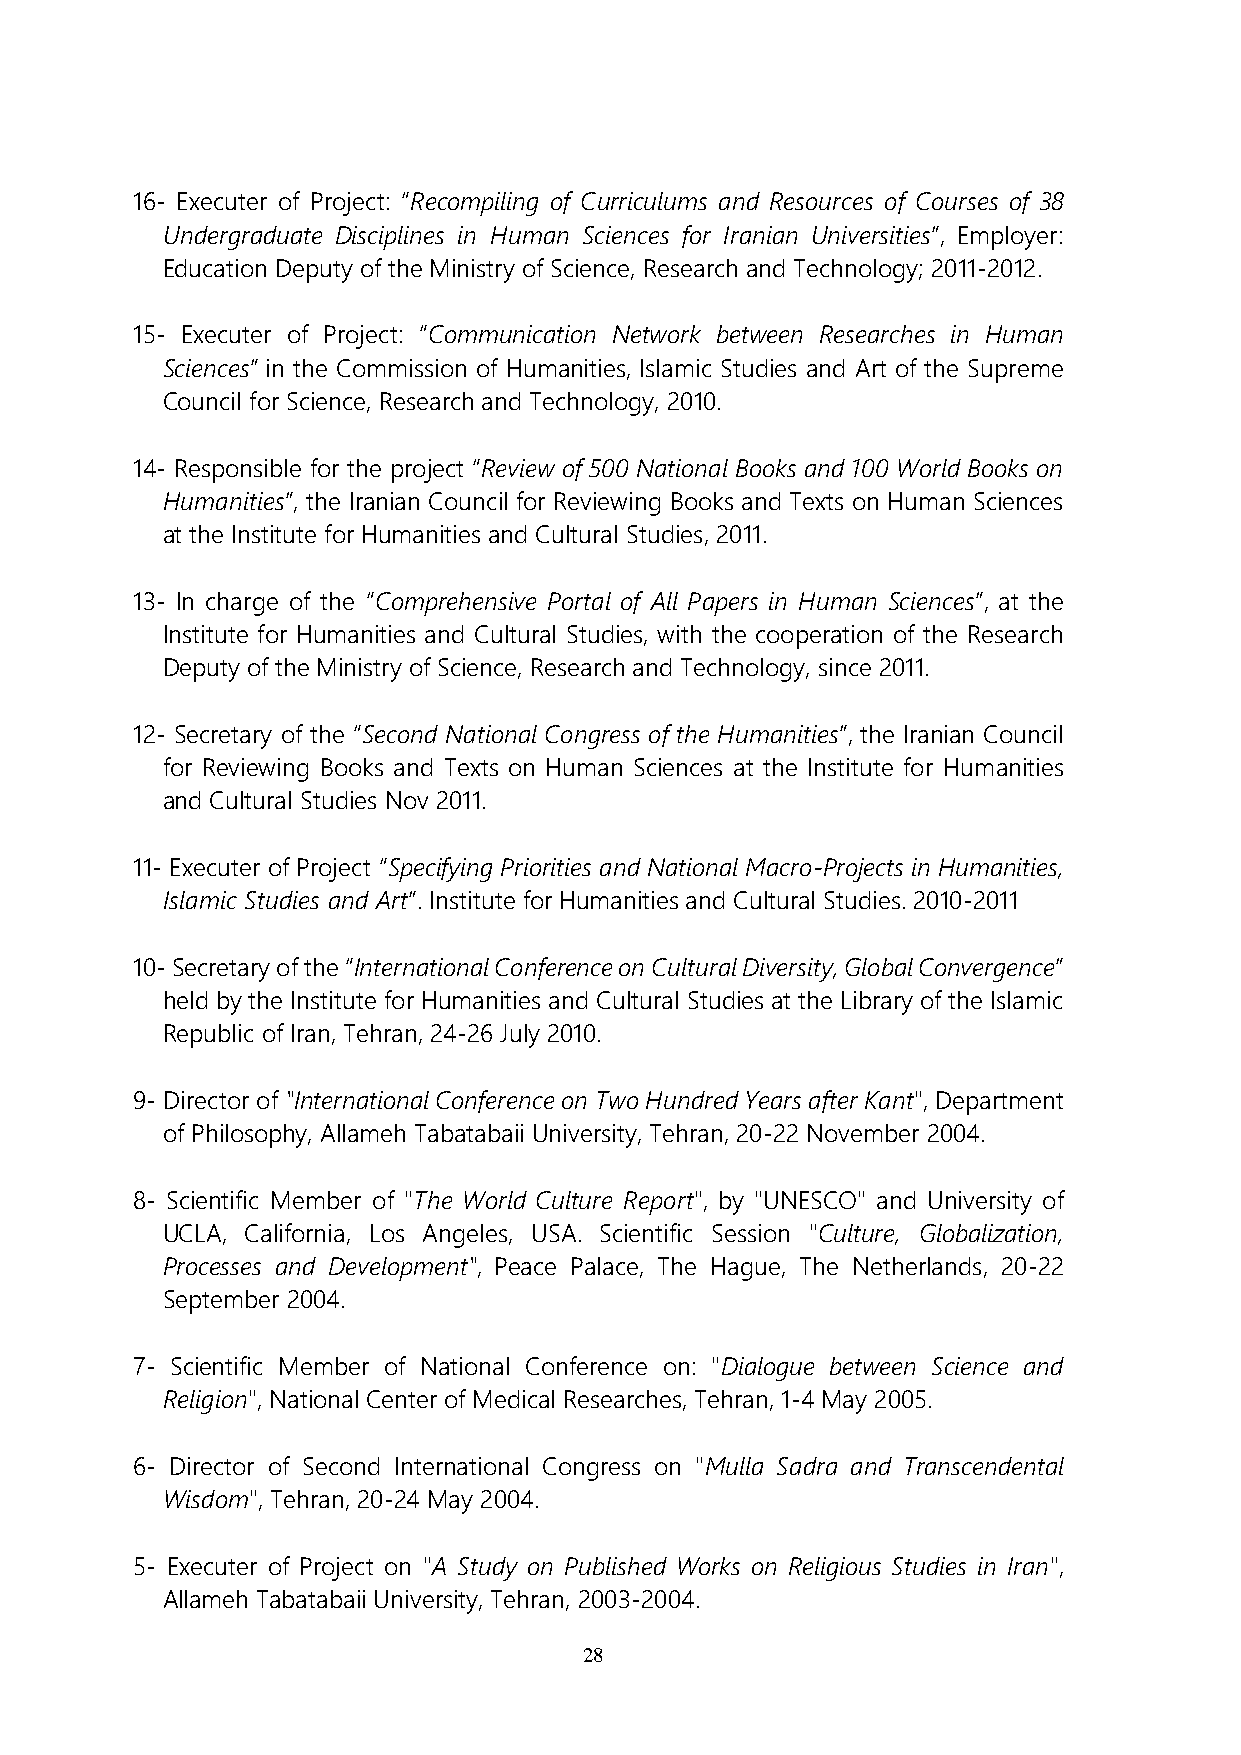
16- Executer of Project: “Recompiling of Curriculums and Resources of Courses of 38
 Undergraduate Disciplines in Human Sciences for Iranian Universities”, Employer:
 Education Deputy of the Ministry of Science, Research and Technology; 2011-2012.
 15- Executer of Project: “Communication Network between Researches in Human
 Sciences” in the Commission of Humanities, Islamic Studies and Art of the Supreme
 Council for Science, Research and Technology, 2010.
 14- Responsible for the project “Review of 500 National Books and 100 World Books on
 Humanities”, the Iranian Council for Reviewing Books and Texts on Human Sciences
 at the Institute for Humanities and Cultural Studies, 2011.
 13- In charge of the “Comprehensive Portal of All Papers in Human Sciences”, at the
 Institute for Humanities and Cultural Studies, with the cooperation of the Research
 Deputy of the Ministry of Science, Research and Technology, since 2011.
 12- Secretary of the “Second National Congress of the Humanities”, the Iranian Council
 for Reviewing Books and Texts on Human Sciences at the Institute for Humanities
 and Cultural Studies Nov 2011.
 11- Executer of Project “Specifying Priorities and National Macro-Projects in Humanities,
 Islamic Studies and Art”. Institute for Humanities and Cultural Studies. 2010-2011
 10- Secretary of the “International Conference on Cultural Diversity, Global Convergence”
 held by the Institute for Humanities and Cultural Studies at the Library of the Islamic
 Republic of Iran, Tehran, 24-26 July 2010.
 9- Director of "International Conference on Two Hundred Years after Kant", Department
 of Philosophy, Allameh Tabatabaii University, Tehran, 20-22 November 2004.
 8- Scientific Member of "The World Culture Report", by "UNESCO" and University of
 UCLA, California, Los Angeles, USA. Scientific Session "Culture, Globalization,
 Processes and Development", Peace Palace, The Hague, The Netherlands, 20-22
 September 2004.
 7- Scientific Member of National Conference on: "Dialogue between Science and
 Religion", National Center of Medical Researches, Tehran, 1-4 May 2005.
 6- Director of Second International Congress on "Mulla Sadra and Transcendental
 Wisdom", Tehran, 20-24 May 2004.
 5- Executer of Project on "A Study on Published Works on Religious Studies in Iran",
 Allameh Tabatabaii University, Tehran, 2003-2004.
 28